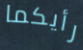
رأيكما